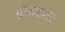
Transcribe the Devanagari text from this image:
अथिकतर